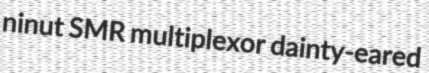
ninut SMR multiplexor dainty-eared